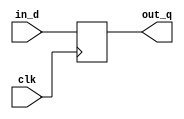
module dff(input in_d, input clk, output out_q);

reg out_q;

initial begin
out_q = 0;
end

always @(posedge clk) begin
	out_q = in_d;
end

endmodule